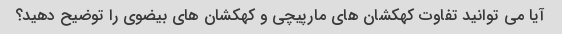
آیا می توانید تفاوت کهکشان های مارپیچی و کهکشان های بیضوی را توضیح دهید؟